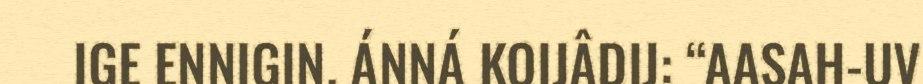
IGE ENNIGIN. ÁNNÁ KOIJÂDIJ: “AASAH-UV